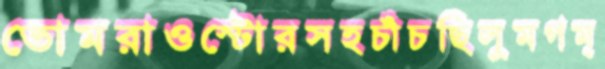
তোমরাওস্টোরসহচাঁচছিলুমগম্